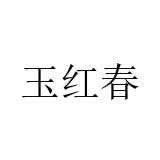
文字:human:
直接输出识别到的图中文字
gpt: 玉红春